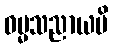
ဓမ္မသညာယပိ